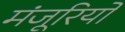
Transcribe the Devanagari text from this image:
मंजूरियों